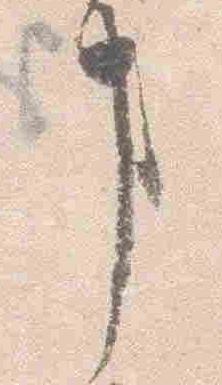
事